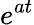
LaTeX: e^{at}